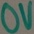
Text: 0V